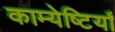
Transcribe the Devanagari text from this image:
काम्येष्टियाँ